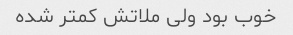
خوب بود ولی ملاتش کمتر شده